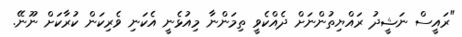
"ރައީސް ނަޝީދު ރައްޔިތުންނަށް ދެއްކެވީ ތިމަންނާ މިއުޅެނީ އެކަނި ވެރިކަން ކުރާކަށް ނޫނޭ.